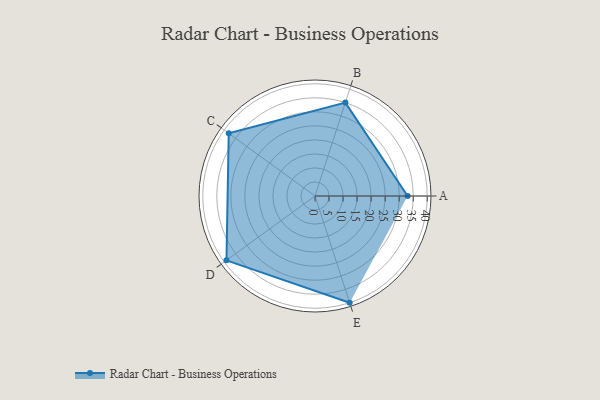
{"axis": {"x": "Skill", "y": "Score"}, "legend": ["Profile"], "data": [{"x": "A", "y": 33.0, "type": "Profile"}, {"x": "B", "y": 35.0, "type": "Profile"}, {"x": "C", "y": 38.0, "type": "Profile"}, {"x": "D", "y": 39.0, "type": "Profile"}, {"x": "E", "y": 40.0, "type": "Profile"}]}